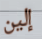
إلين